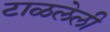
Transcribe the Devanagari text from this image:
टाळलेली